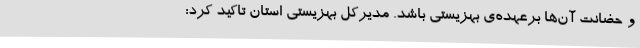
و حضانت آن‌ها برعهده‌ی بهزیستی باشد. مدیرکل بهزیستی استان تاکید کرد: